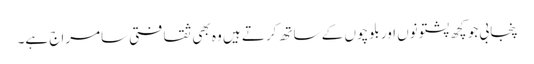
پنجابی جو کچھ پشتونوں اور بلوچوں کے ساتھ کرتے ہیں وہ بھی ثقافتی سامراج ہے۔